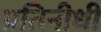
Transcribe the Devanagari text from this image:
प्रतिनीधी